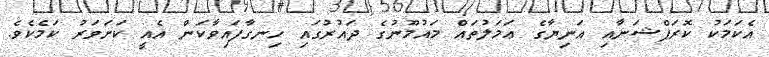
އެކަމަކު ކޮރަޕްޝަނާއި އަނިޔާގެ ޢަމަލުތައް މައުމޫނުގެ ދައުރުގައި ހިނގާފައިވާކަން އެއީ ކަށަވަރު ކަމެކެވެ.